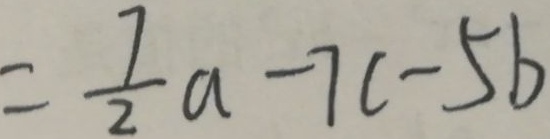
= \frac { 7 } { 2 } a - 7 c - 5 b